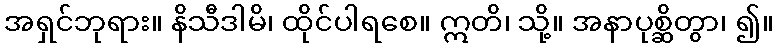
အရှင်ဘုရား။ နိသီဒါမိ၊ ထိုင်ပါရစေ။ ဣတိ၊ သို့။ အနာပုစ္ဆိတွာ၊ ၍။